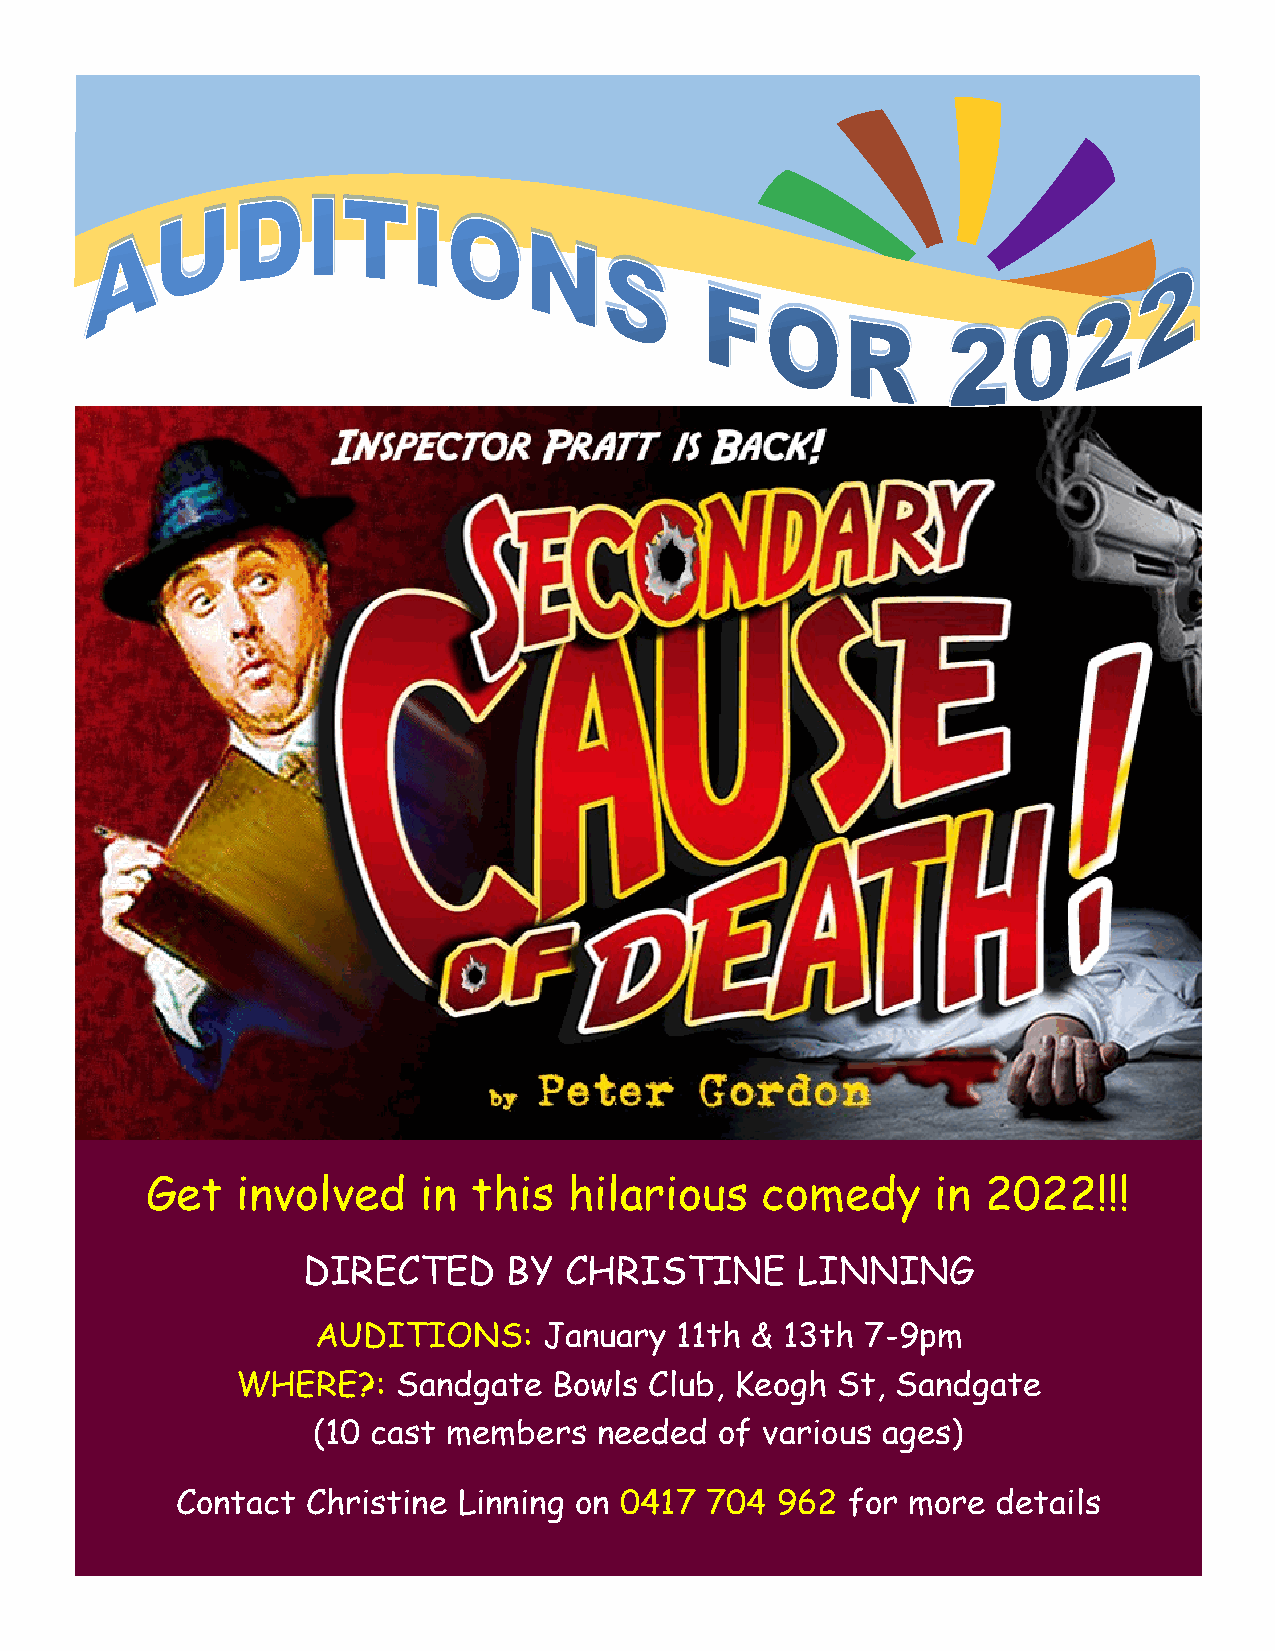
*
 Get   involved    in this   hilarious   comedy      in 2022!!!
 DIRECTED      BY CHRISTINE       LINNING
 AUDITIONS:     January  11th & 13th 7-9pm
 WHERE?:   Sandgate   Bowls Club, Keogh St, Sandgate
 (10 cast members   needed  of various ages)
 Contact Christine Linning on 0417  704 962  for more  details